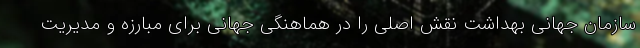
سازمان جهانی بهداشت نقش اصلی را در هماهنگی جهانی برای مبارزه و مدیریت